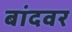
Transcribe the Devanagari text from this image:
बांदवर